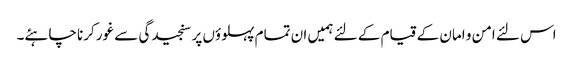
اس لئے امن و امان کے قیام کے لئے ہمیں ان تمام پہلوؤں پر سنجیدگی سے غور کرنا چاہئے۔